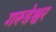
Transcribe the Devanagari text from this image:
गरूडेश्वर